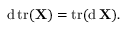
\operatorname { d } \operatorname { t r } ( \mathbf { X } ) = \operatorname { t r } ( \operatorname { d } \mathbf { X } ) .